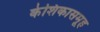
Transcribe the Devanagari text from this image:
केशिकासमूह